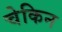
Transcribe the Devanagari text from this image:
चेकिन